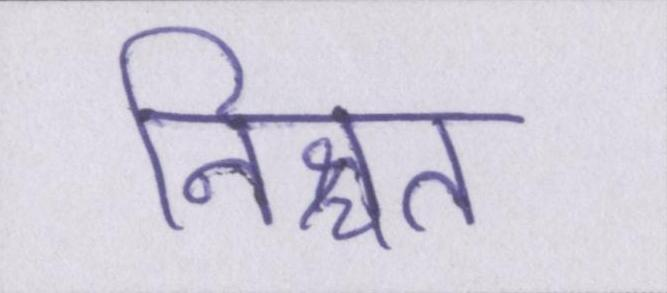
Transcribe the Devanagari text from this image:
निश्चत